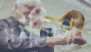
চৌতিশা